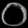
Digit: ၀